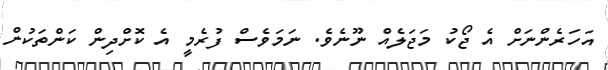
އަހަރެންނަށް އެ ޖޯކު މަޖަލެއް ނޫނެވެ. ނަމަވެސް ފުރެމީ އެ ކޮށްދިން ކަންތަކުން